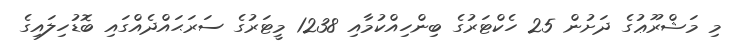
މި މަޝްރޫޢުގެ ދަށުން 25 ހެކްޓަރުގެ ބިންހިއްކުމާއި 1238 މީޓަރުގެ ސަރަޙައްދެއްގައި ބޮޑުހިލައިގެ